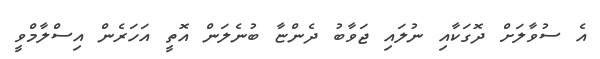
އެ ސުވާލަށް ދޮގަކާއި ނުލައި ޖަވާބު ދެންޏާ ބުނެލަން އޮތީ އަހަރެން އިސްލާމްވީ